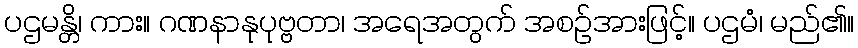
ပဌမန္တိ၊ ကား။ ဂဏနာနုပုဗ္ဗတာ၊ အရေအတွက် အစဉ်အားဖြင့်။ ပဌမံ၊ မည်၏။